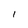
Character: l